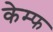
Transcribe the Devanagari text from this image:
केम्फ